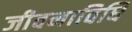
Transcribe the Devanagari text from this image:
जीवनाविधि